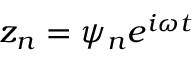
z _ { n } = \psi _ { n } e ^ { i \omega t }